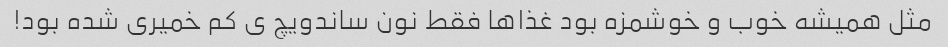
مثل همیشه خوب و خوشمزه بود غذاها فقط نون ساندویچ ی کم خمیری شده بود!